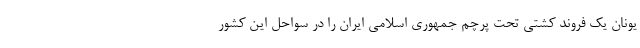
یونان یک فروند کشتی تحت پرچم جمهوری اسلامی ایران را در سواحل این کشور